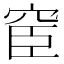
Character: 䆠